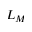
L _ { M }